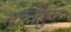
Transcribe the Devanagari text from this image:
नर्सिपुर